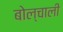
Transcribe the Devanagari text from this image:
बोल्चाली